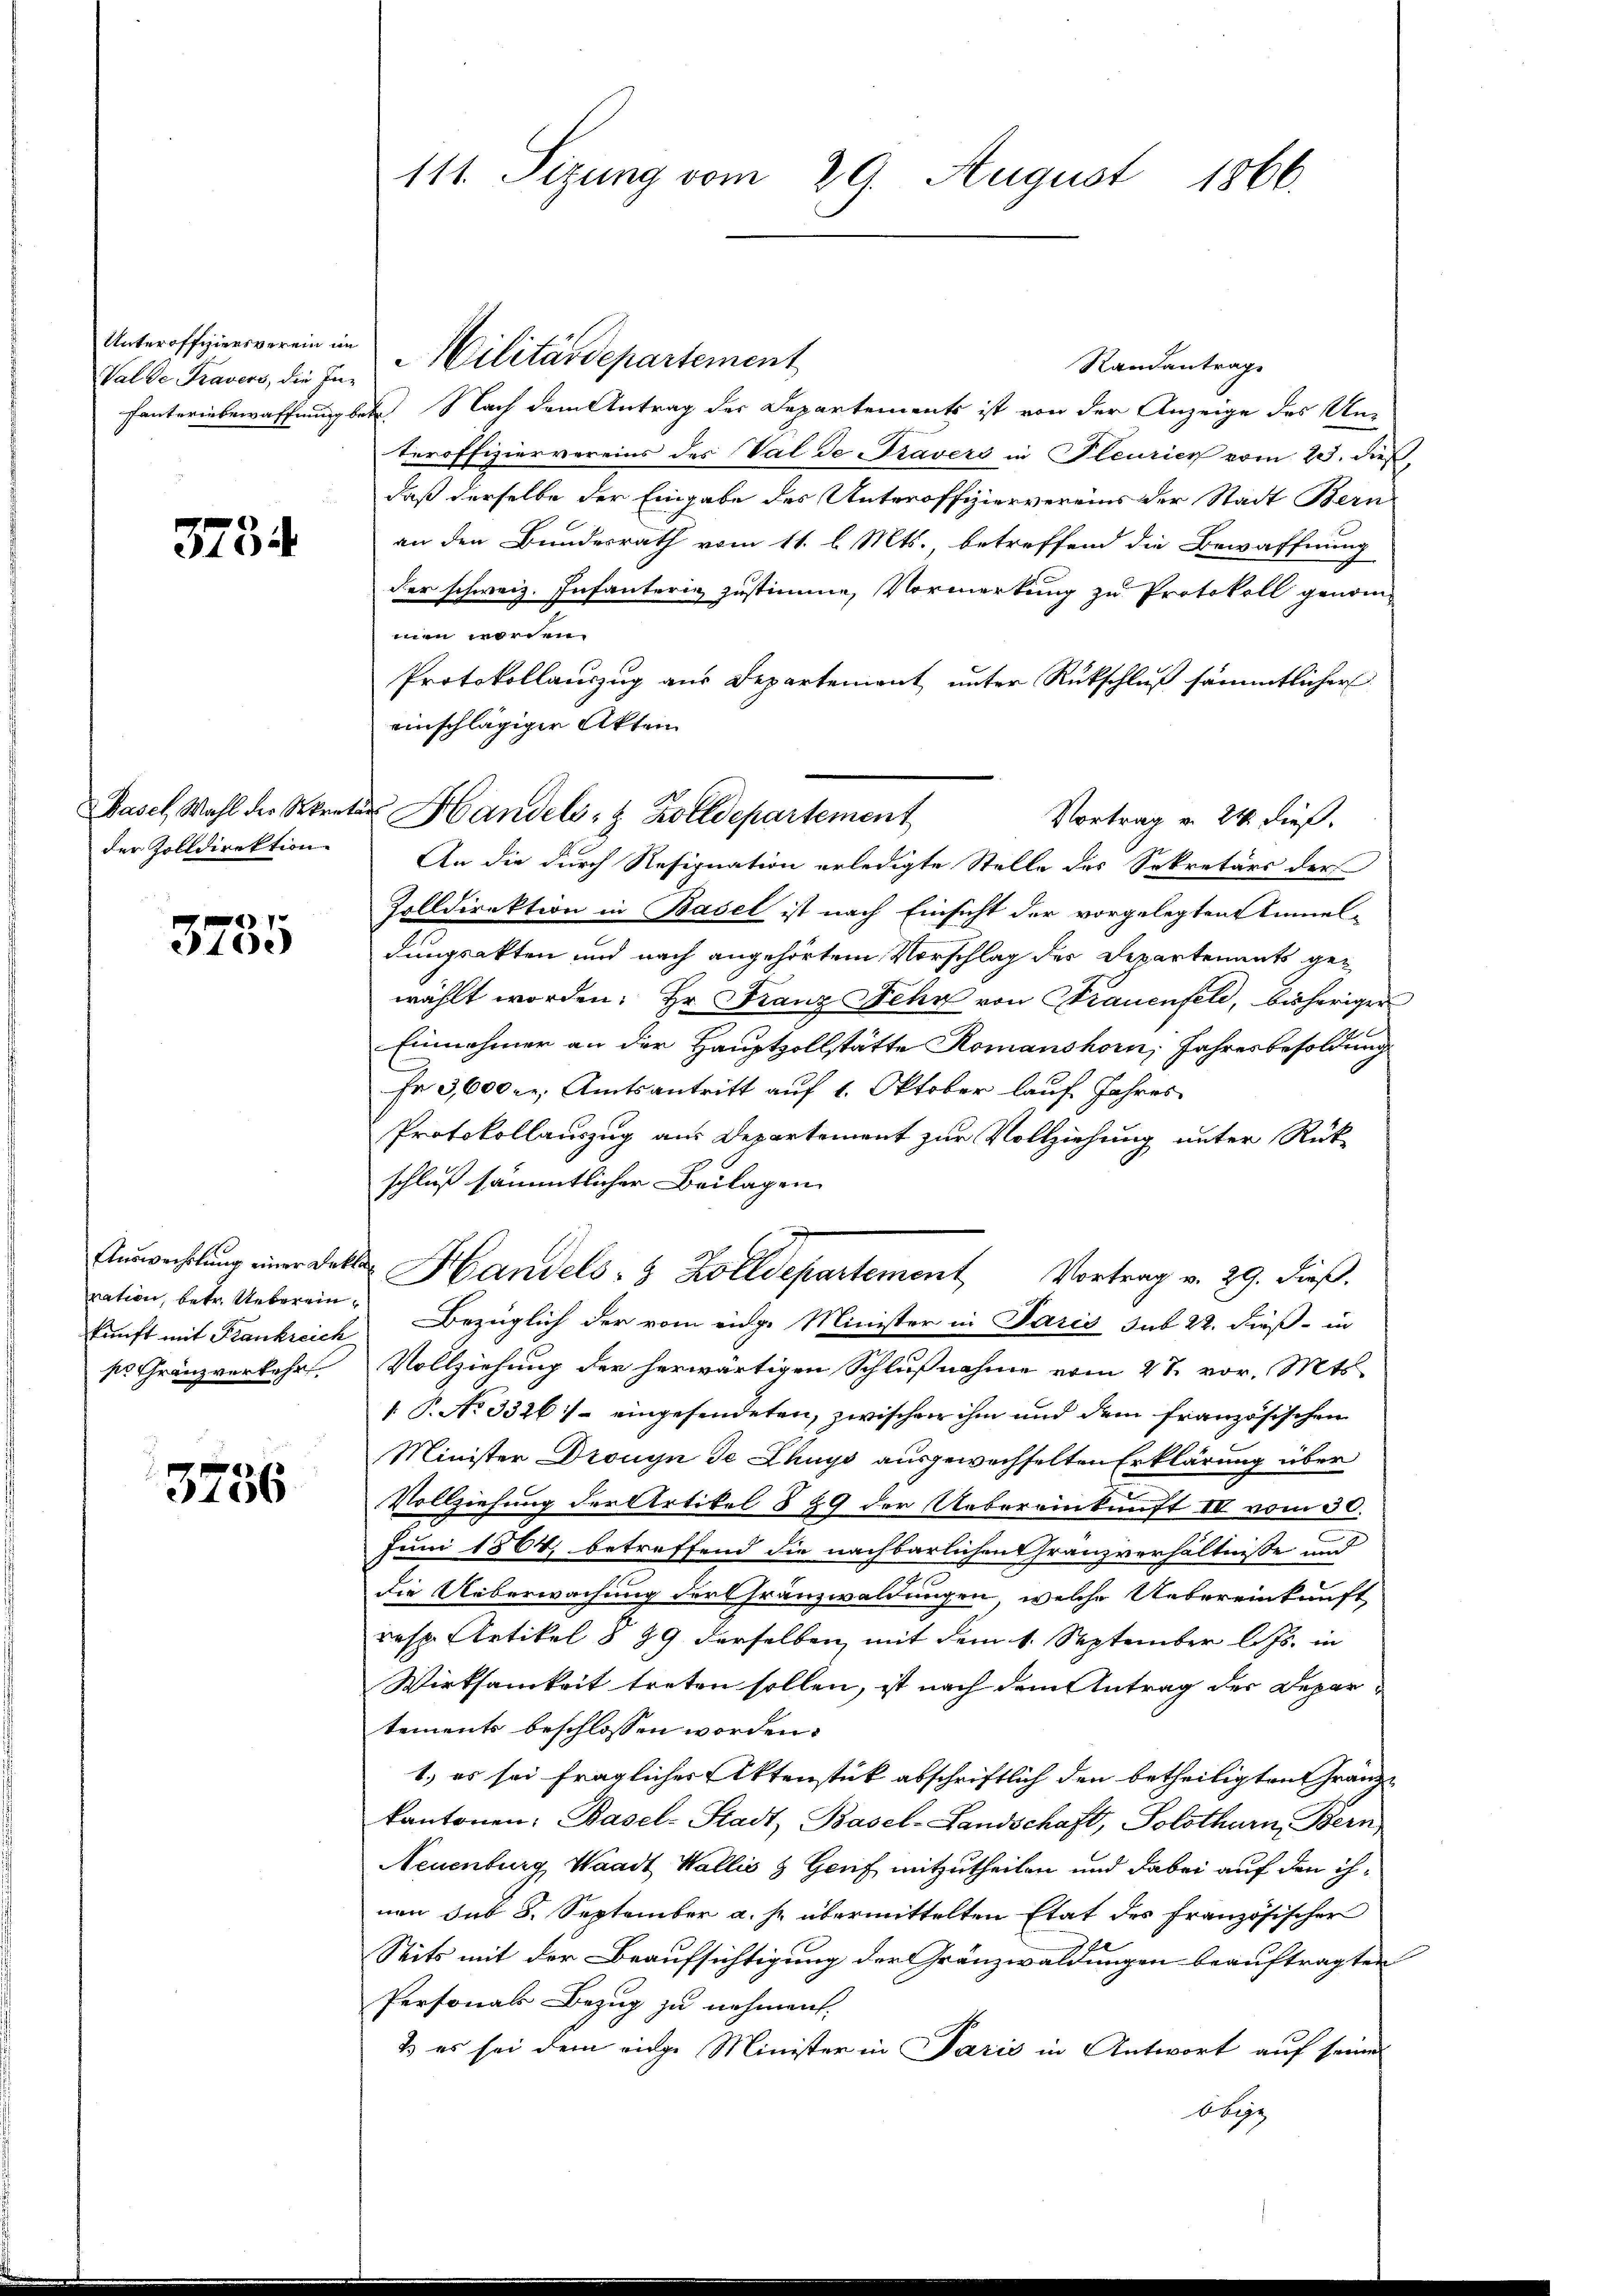
Unteroffiziersverein im
Valde Travers, die Infanteriebewaffnung.

3754

der Zolldirektion

3785

ration, betr. Uebereinses Gränzverkehr

3756

111. Sizung vom 20. August 1866.

Militärdepartement
Randantrage
d. Nach dem Antrag der Departements ist von der Anzeige des Unteroffiziervereins des Val de Travers in Pleurier vom 23. dieß,
daß derselbe der Eingabe des Unteroffiziervereins der Stadt Bern
an den Bundesrath vom 11. l. Mts., betreffend die Bewaffnung
der schweiz. Infanterig zustimme, Vormerkung zu Protokoll genom-
men worden.
Protokollauszug aus Departement unter Rückschluß sämmtlicher
einschlägiger Akten
Vortrag v. 24. dieß.
An die durch Resignation erledigte Stelle des Sekretärs der
Zolldirektion in Basel ist nach Einsicht der vorgelegten Anmeldungsakten und nach angehörtem Vorschlag des Departements gewählt worden. Hr. Franz Fehr von Frauenfeld, bisheriger
Einnahmer an der Hauptzollstätte Romanshorn, Jahresbesoldung
Fr 3,600 r. Amtsantritt auf 1. Oktober lauf Jahres
Protokollauszug aus Departement zur Vollziehung unter Rück-
schluß sämmtlicher Beilagen
Auswachtung einer dette Handels- & Zolldepartement, Vortrag v. 29. dieß.
kunft mit Frankreich Bezüglich der vom eige Minister in Paris sub 22. dieß in
Vollziehung der herwärtigen Schlußnahme vom 27. vor. Mts.
1 P. No 3326) - eingesendeten, zwischen ihm und dem französischen
Minister Drouyn Je Zhuys ausgewechselten Erklärung über
Vollziehung der Artikel § 89 der Uebereinkunft III vom 30.
Juni 1864, betreffend die nachbarlichen Gränzverhältnisse und
die Ueberwachung der Franzwaldungen, welche Uebereinkunft
resp. Artikel § 29 derselben mit dem 1. September l. Js. in
Wirksamkeit treten sollen, ist nach dem Antrag der Depar
tements beschlossen worden.
1., es sei fraglicher Aktenstück abschriftlich den betheiligten Gränzkantonen: Basel-Stadt, Basel-Landschaft, Solothurn, Bern,
Neuenburg, Waadt Wallis & Genf mitzutheilen und dabei auf den ihnen sub 8. September a. s. übermittelten Etat des französischer
Seits mit der Beaufsichtigung der Gränzwaldungen beauftragten
Personals Bezug zu nehmen.
& es sei dem eidge Minister in Paris in Antwort auf seine
Abegg

Basel Wahl der Sekreter Handels- & Zolldepartement